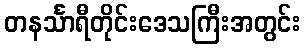
တနင်္သာရီတိုင်းဒေသကြီးအတွင်း